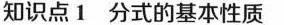
知识点1分式的基本性质